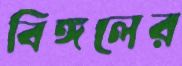
বিঙ্গলের